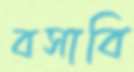
বসাবি